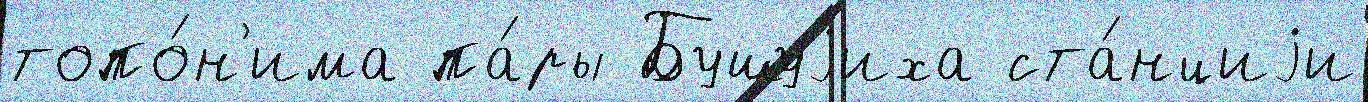
топо́н'има па́ры Бушуjиха ста́нциjи